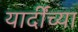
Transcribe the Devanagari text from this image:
यार्दींच्या